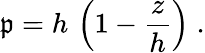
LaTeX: \mathfrak{p}=h\, \left(1-\frac{{z}}{{h}}\right)\; .